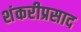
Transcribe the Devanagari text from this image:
शंकरीप्रसाद